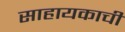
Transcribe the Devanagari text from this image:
साहायकाची